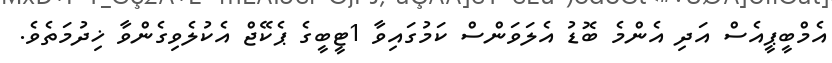
އެމްބީޕީއެސް އަދި އެންމެ ބޮޑު އެލަވަންސް ކަމުގައިވާ 1ޓީބީގެ ޕެކޭޖް އެކުލެވިގެންވާ ޚިދުމަތެވެ.